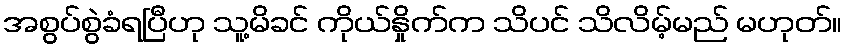
အစွပ်စွဲခံရပြီဟု သူ့မိခင် ကိုယ်နှိုက်က သိပင် သိလိမ့်မည် မဟုတ်။